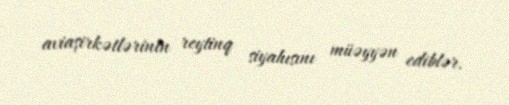
aviaşirkətlərinin reytinq siyahısını müəyyən ediblər.